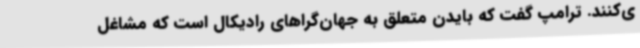
ی‌کنند. ترامپ گفت که بایدن متعلق به جهان‌گراهای رادیکال است که مشاغل